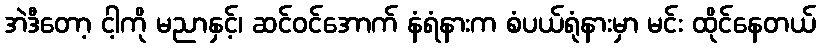
အဲဒီတော့ ငါ့ကို မညာနှင့်၊ ဆင်ဝင်အောက် နံရံနားက စံပယ်ရုံနားမှာ မင်း ထိုင်နေတယ်